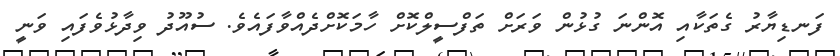
ފަނޑިޔާރު ގެތަކާއި އޮންނަ ގުޅުން ވަރަށް ތަފްސީލްކޮށް ހާމަކޮށްދެއްވާފައެވެ. ސުއޫދު ވިދާޅުވެފައި ވަނީ